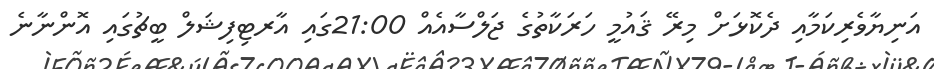
އަނިޔާވެރިކަމާއި ދެކޮޅަށް މިރޭ ޤައުމީ ހަރަކާތުގެ ޖަލްސާއެއް 21:00ގައި އާރޓިފިޝަލް ބީޗުގައި އޮންނާނެ